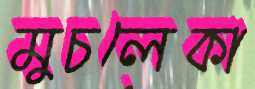
মুচলেকা